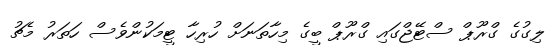
ލިގުގެ ގްރޫޕް ސްޓޭޖްގައި ގްރޫޕް ބީގެ މިހާތަނަށް ހުރިހާ ޓީމަކުންވެސް ހަތަރު މެޗު